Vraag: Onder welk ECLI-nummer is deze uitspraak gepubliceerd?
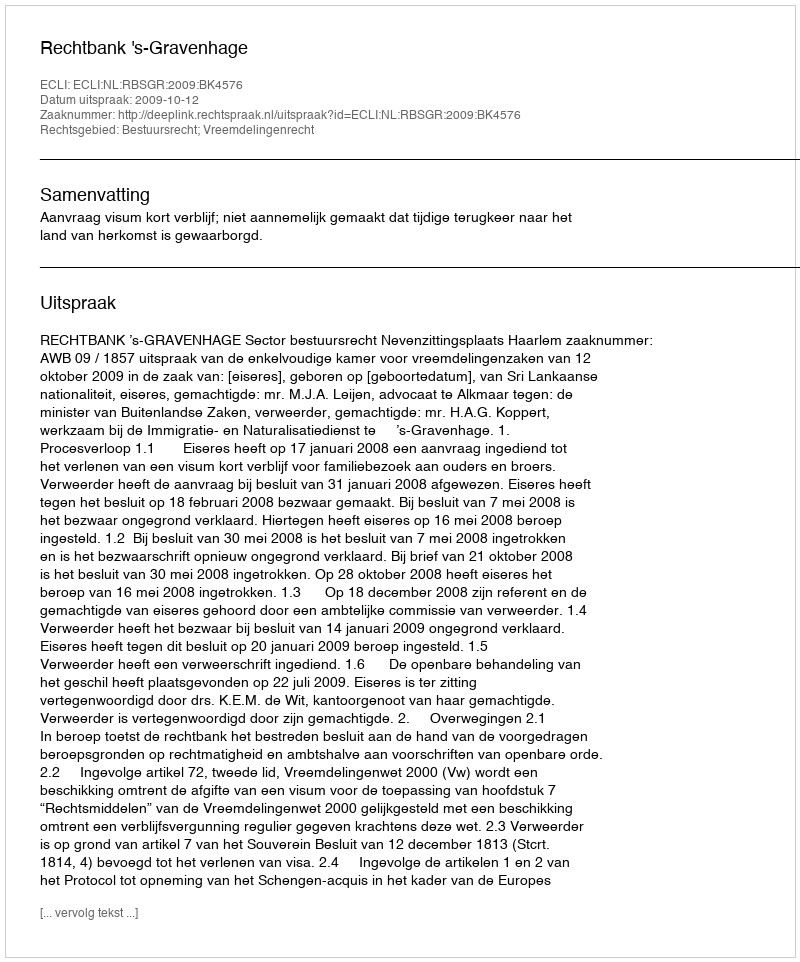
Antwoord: ECLI:NL:RBSGR:2009:BK4576